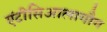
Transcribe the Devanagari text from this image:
एंटीसिआलागौग